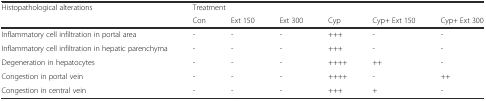
<table><thead><tr><td rowspan="2"><b>Histopathological alterations</b></td><td colspan="6"><b>Treatment</b></td></tr><tr><td><b>Con</b></td><td><b>Ext 150</b></td><td><b>Ext 300</b></td><td><b>Cyp</b></td><td><b>Cyp+ Ext 150</b></td><td><b>Cyp+ Ext 300</b></td></tr></thead><tbody><tr><td>Inflammatory cell infiltration in portal area</td><td>-</td><td>-</td><td>-</td><td>+++</td><td>-</td><td>-</td></tr><tr><td>Inflammatory cell infiltration in hepatic parenchyma</td><td>-</td><td>-</td><td>-</td><td>+++</td><td>-</td><td>-</td></tr><tr><td>Degeneration in hepatocytes</td><td>-</td><td>-</td><td>-</td><td>++++</td><td>++</td><td>-</td></tr><tr><td>Congestion in portal vein</td><td>-</td><td>-</td><td>-</td><td>++++</td><td>-</td><td>++</td></tr><tr><td>Congestion in central vein</td><td>-</td><td>-</td><td>-</td><td>+++</td><td>+</td><td>-</td></tr></tbody></table>